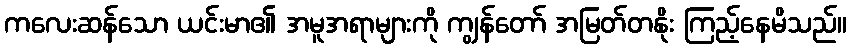
ကလေးဆန်သော ယင်းမာ၏ အမူအရာများကို ကျွန်တော် အမြတ်တနိုး ကြည့်နေမိသည်။